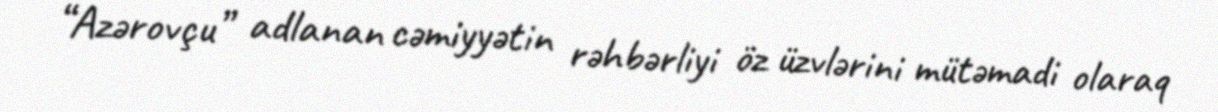
“Azərovçu” adlanan cəmiyyətin rəhbərliyi öz üzvlərini mütəmadi olaraq